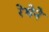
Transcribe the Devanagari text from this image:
रेघेने